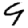
Digit: 9